Trukikaitis_Postimees, lk 48
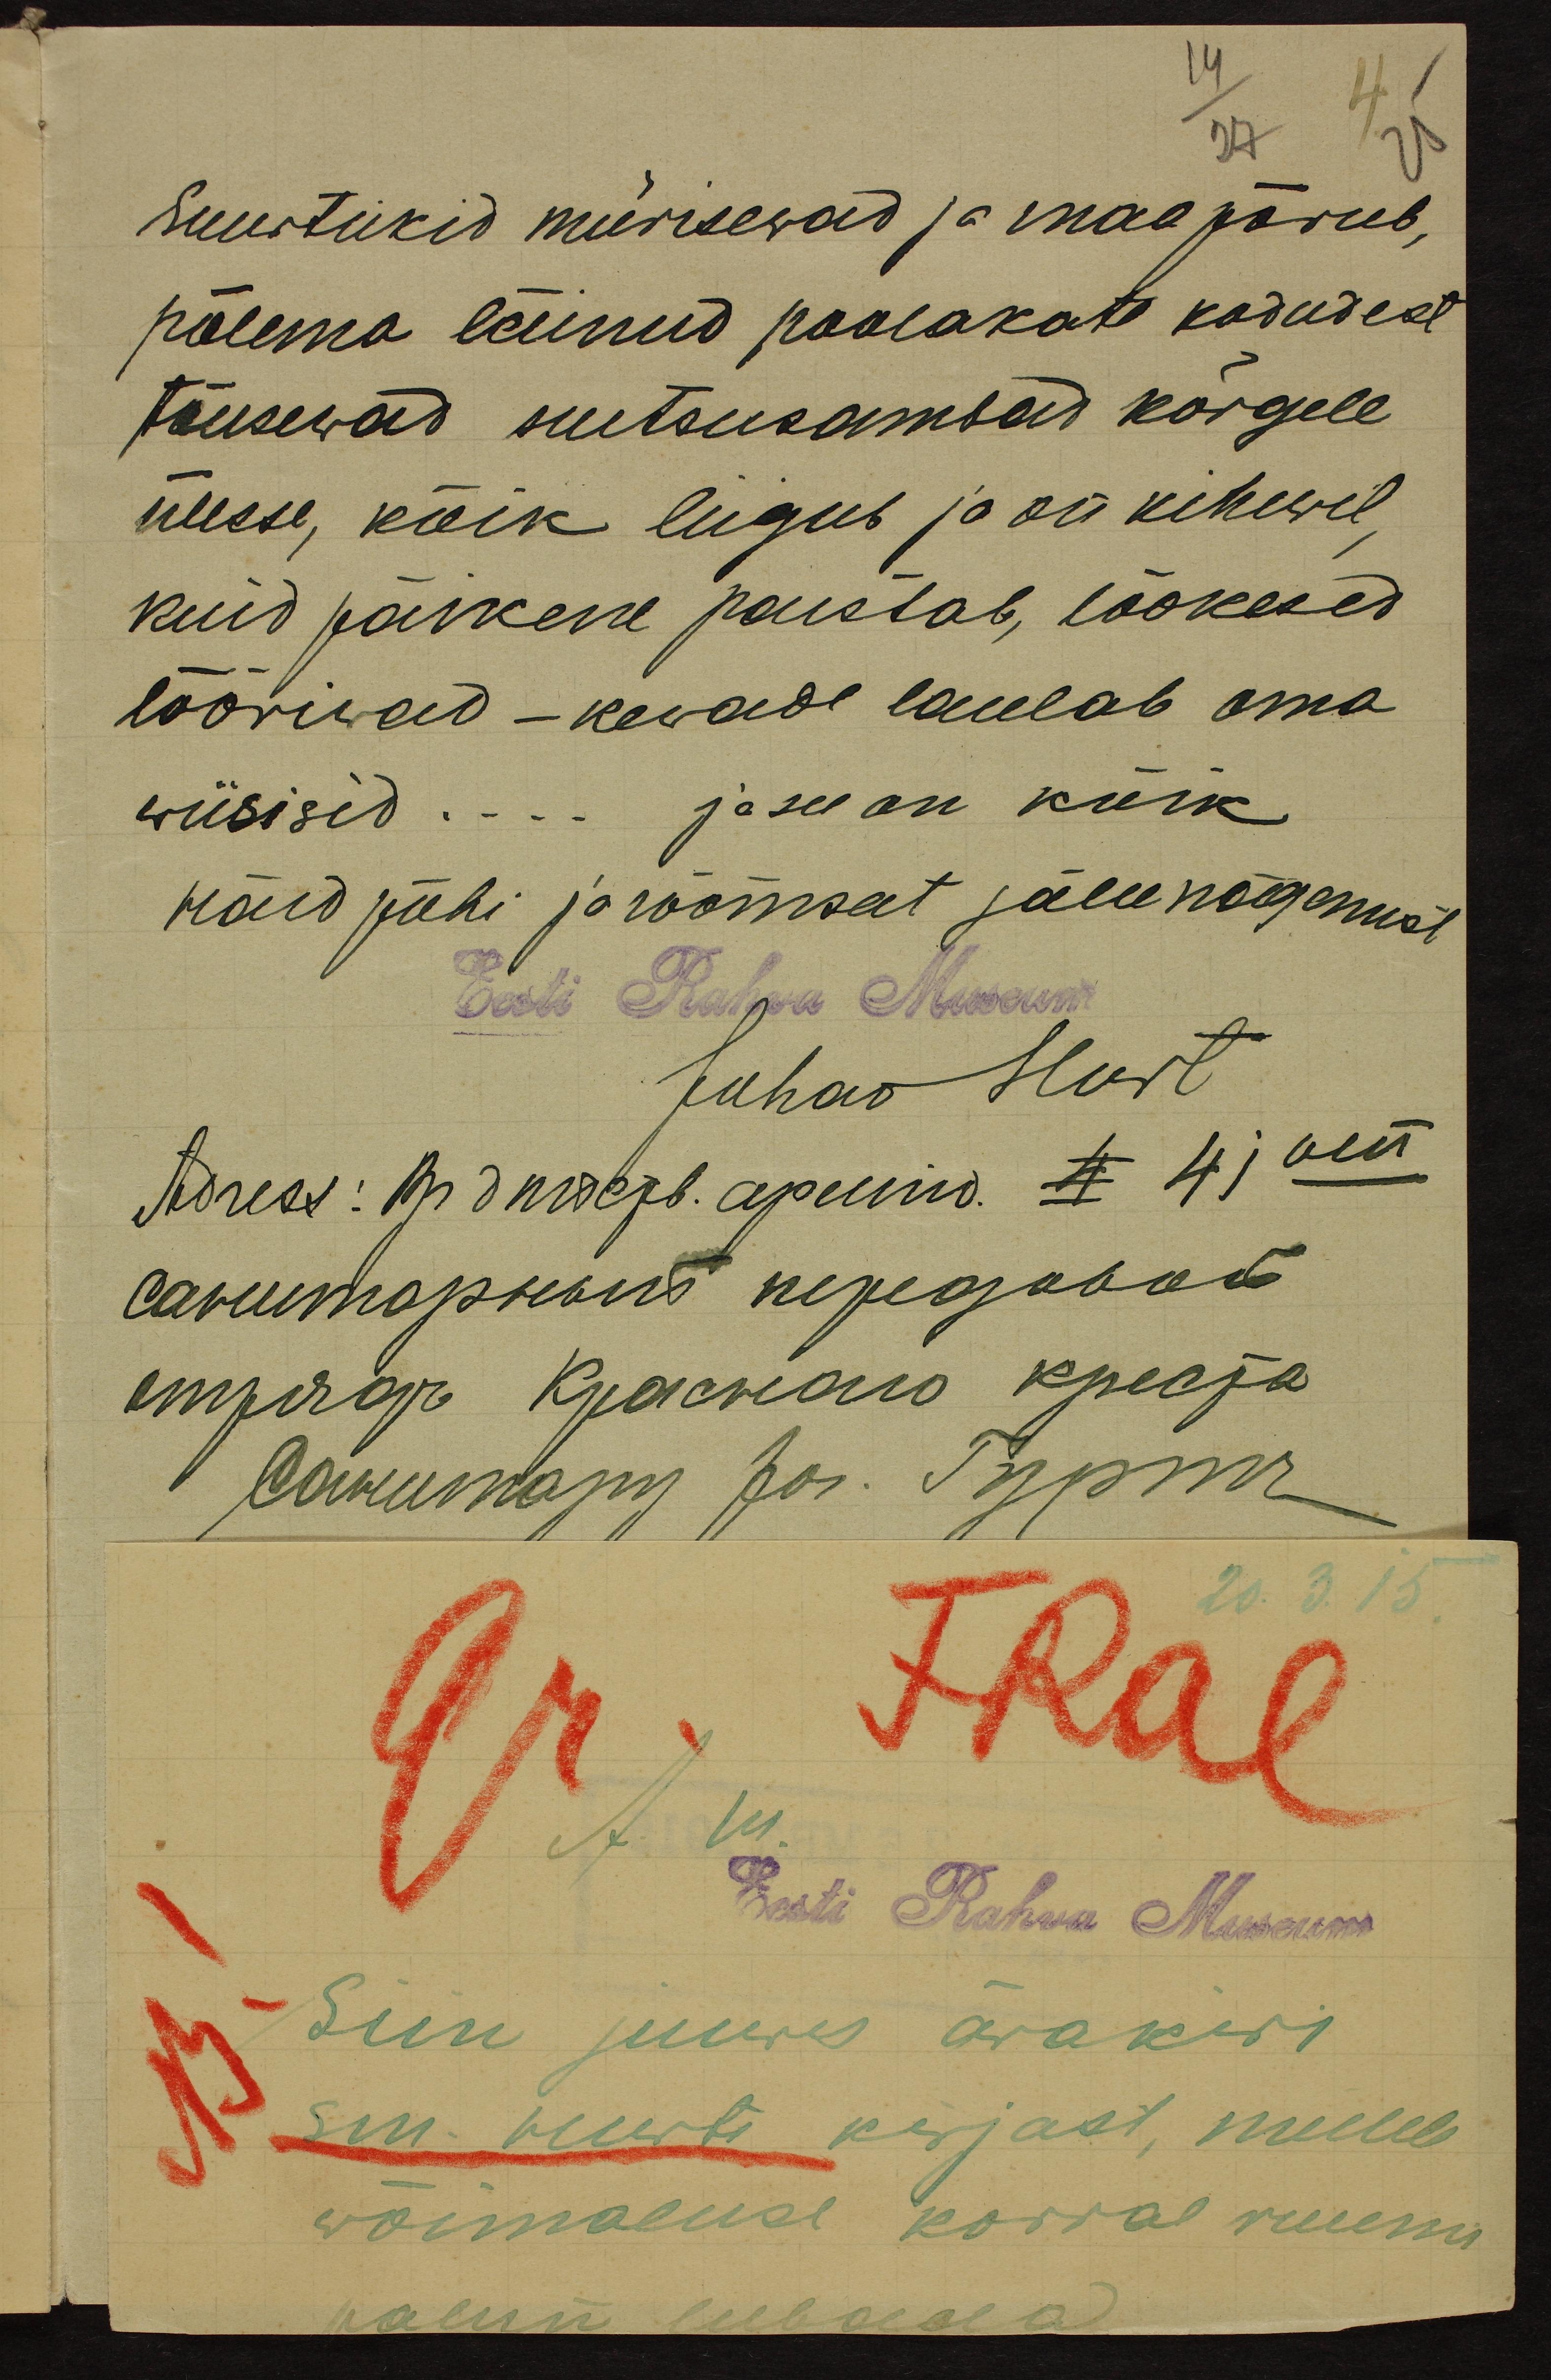
14
27
Suurtükid mürisewad ja maa põrub,
põlema läinud poolakate kodudest,
tõusewad suitsusambad kõrgele
ülesse, kõik liigub ja on kihewil,
kuid päikene paistab, lõokesed
lõõriwad – kewade laulab oma
wiisisid... ja see on kõik
Häid pühi ja rõõmsat jälle nägemist
Eesti Rahva Museum
Juhan Hurt
Adress: Вр дносъ. дрипъ ъ 4) мт

20.3.15.
A. m.
Eesti Rahva Museum
Siin juures ärakiri
sm. Werti kirjast, millele
wõimaluse korral ruumi
palun lubada